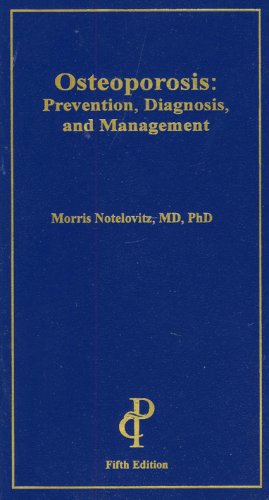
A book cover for Osteoporosis: Prevention, Diagnosis and Management, 5th Ed.; Morris Notelovitz; Health, Fitness & Dieting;